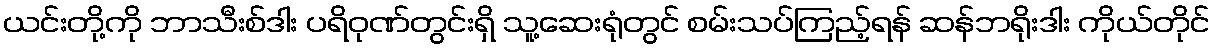
ယင်းတို့ကို ဘာသီးစ်ဒါး ပရိဝုဏ်တွင်းရှိ သူ့ဆေးရုံတွင် စမ်းသပ်ကြည့်ရန် ဆန်ဘရိုးဒါး ကိုယ်တိုင်